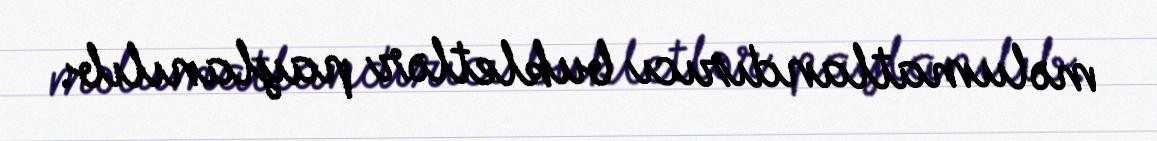
məlumatlandırıcı bukletlər paylanılıb.